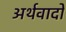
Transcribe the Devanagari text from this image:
अर्थवादो